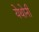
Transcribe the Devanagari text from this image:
येथोनी